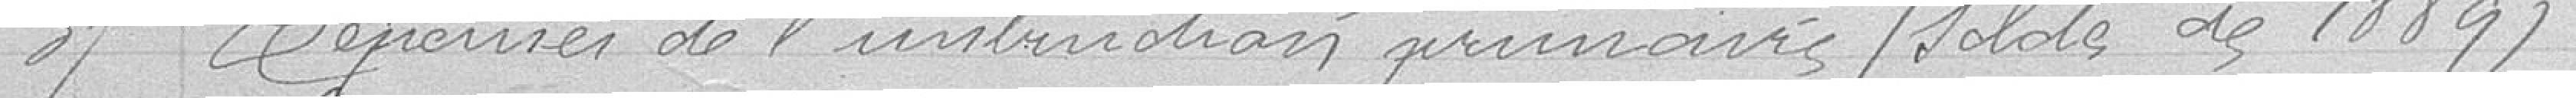
37 Dépenses de l'instruction primaire / Solde de 1889 /